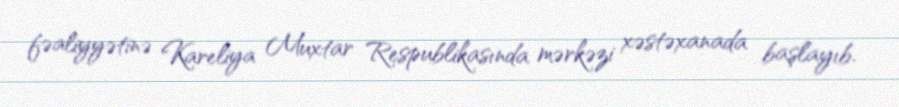
fəaliyyətinə Kareliya Muxtar Respublikasında mərkəzi xəstəxanada başlayıb.